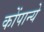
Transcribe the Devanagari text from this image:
कोंपान्ये